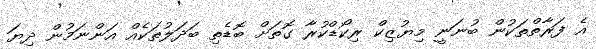
އެ ފަރާތްތަކުން ބުނަނީ މިޔުޒިކް ރިކޯޑްކުރާ ގޮތަށް ބޮޑެތި ބަދަލުތަކެއް އަންނަމުން ދިޔަ